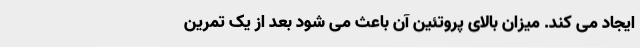
ایجاد می کند. میزان بالای پروتئین آن باعث می شود بعد از یک تمرین